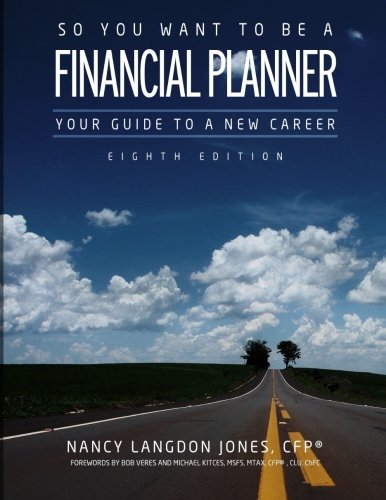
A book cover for So You Want to Be a Financial Planner: Your Guide to a New Career (8th Edition); Nancy Langdon Jones CFPÂ®; Business & Money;